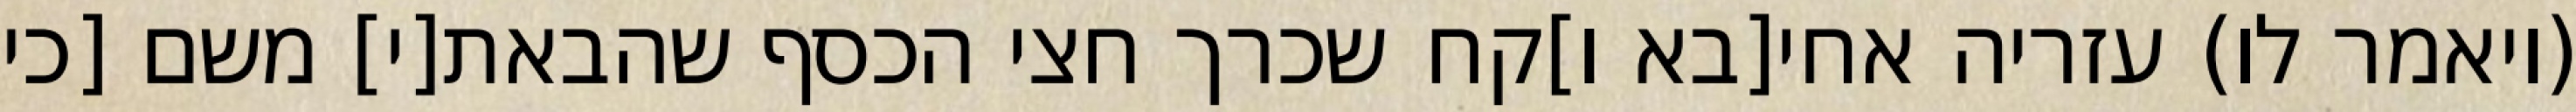
(ויאמר לו) עזריה אחי[בא ו]קח שכרך חצי הכסף שהבאת[י] משם [כי